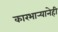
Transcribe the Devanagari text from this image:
कारभार्‍यानेही